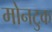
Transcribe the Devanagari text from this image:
मोनटुक